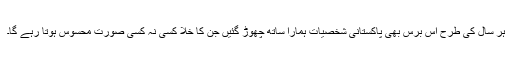
ہر سال کی طرح اس برس بھی پاکستانی شخصیات ہمارا ساتھ چھوڑ گئیں جن کا خلا کسی نہ کسی صورت محسوس ہوتا رہے گا۔